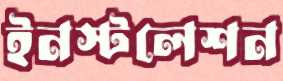
ইনস্টলেশন